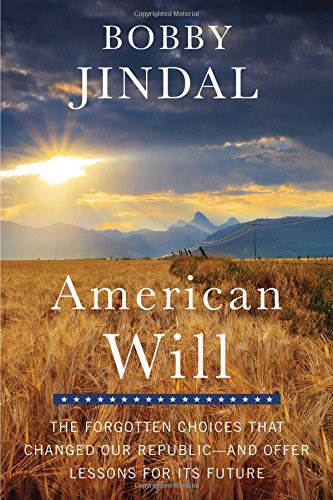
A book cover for American Will: The Forgotten Choices That Changed Our Republic; Bobby Jindal; Politics & Social Sciences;